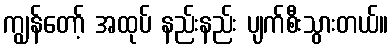
ကျွန်တော့် အထုပ် နည်းနည်း ပျက်စီးသွားတယ်။